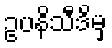
ဥပနိသီဒိမှ